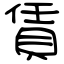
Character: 賃